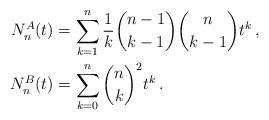
LaTeX: \begin{align*} N^{A}_n(t) &= \sum_{k=1}^n \frac{1}{k}\binom{n-1}{k-1} \binom{n}{k-1} t^k \, , \\ N^{B}_n(t) &= \sum_{k=0}^n \binom{n}{k}^2 t^k \, .\end{align*}